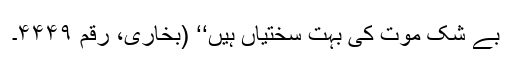
بے شک موت کی بہت سختیاں ہیں‘‘ (بخاری، رقم ۴۴۴۹۔